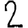
Digit: 2